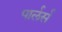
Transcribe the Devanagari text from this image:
पार्लर्स